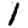
Digit: 1